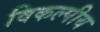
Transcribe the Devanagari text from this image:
विकल्पीय